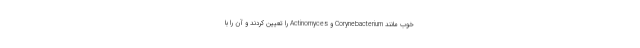
خوب مانند Corynebacterium و Actinomyces را تعیین کردند و آن را با